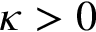
\kappa > 0